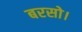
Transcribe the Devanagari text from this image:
बरसो।